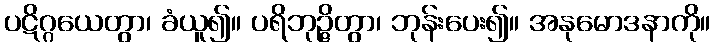
ပဋိဂ္ဂယေတွာ၊ ခံယူ၍။ ပရိဘုဉ္ဇိတွာ၊ ဘုန်းပေး၍။ အနုမောဒနာကို။